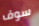
سوف